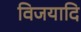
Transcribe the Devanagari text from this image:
विजयादि